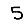
Digit: 5